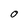
Character: 0